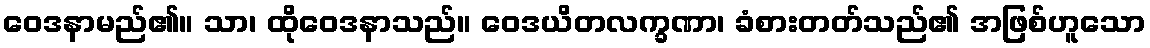
ဝေဒနာမည်၏။ သာ၊ ထိုဝေဒနာသည်။ ဝေဒယိတလက္ခဏာ၊ ခံစားတတ်သည်၏ အဖြစ်ဟူသော